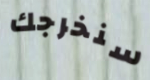
سنخرجك